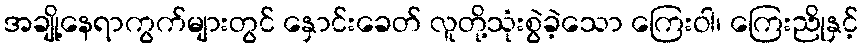
အချို့နေရာကွက်များတွင် နှောင်းခေတ် လူတို့သုံးစွဲခဲ့သော ကြေးဝါ၊ ကြေးညိုနှင့်